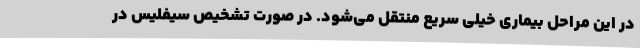
در این مراحل بیماری خیلی سریع منتقل می‌شود. در صورت تشخیص سیفلیس در